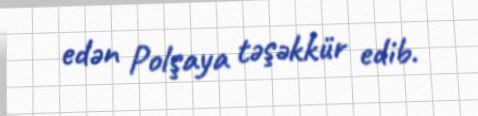
edən Polşaya təşəkkür edib.